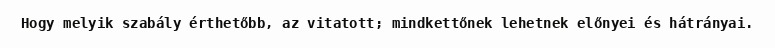
Hogy melyik szabály érthetőbb, az vitatott; mindkettőnek lehetnek előnyei és hátrányai.